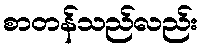
စာတန်သည်လည်း